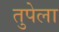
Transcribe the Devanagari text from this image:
तुपेला